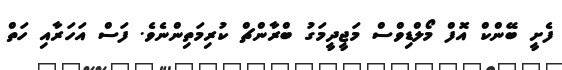
ފެށީ ބޭންކް އޮފް މޯލްޑިވްސް މަޖީދީމަގު ބްރާންޗް ކުރިމަތިންނެވެ. ފަސް އަހަރާއި ހަތް